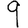
Digit: 9